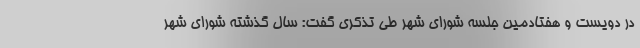
در دویست و هفتادمین جلسه شورای شهر طی تذکری گفت: سال گذشته شورای شهر